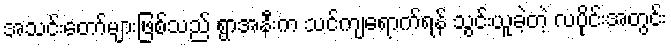
အသင်းတော်များဖြစ်သည် ရွာအနီးက သင်ကျရောက်ရန် သွင်းယူခဲ့တဲ့ လပိုင်းအတွင်း